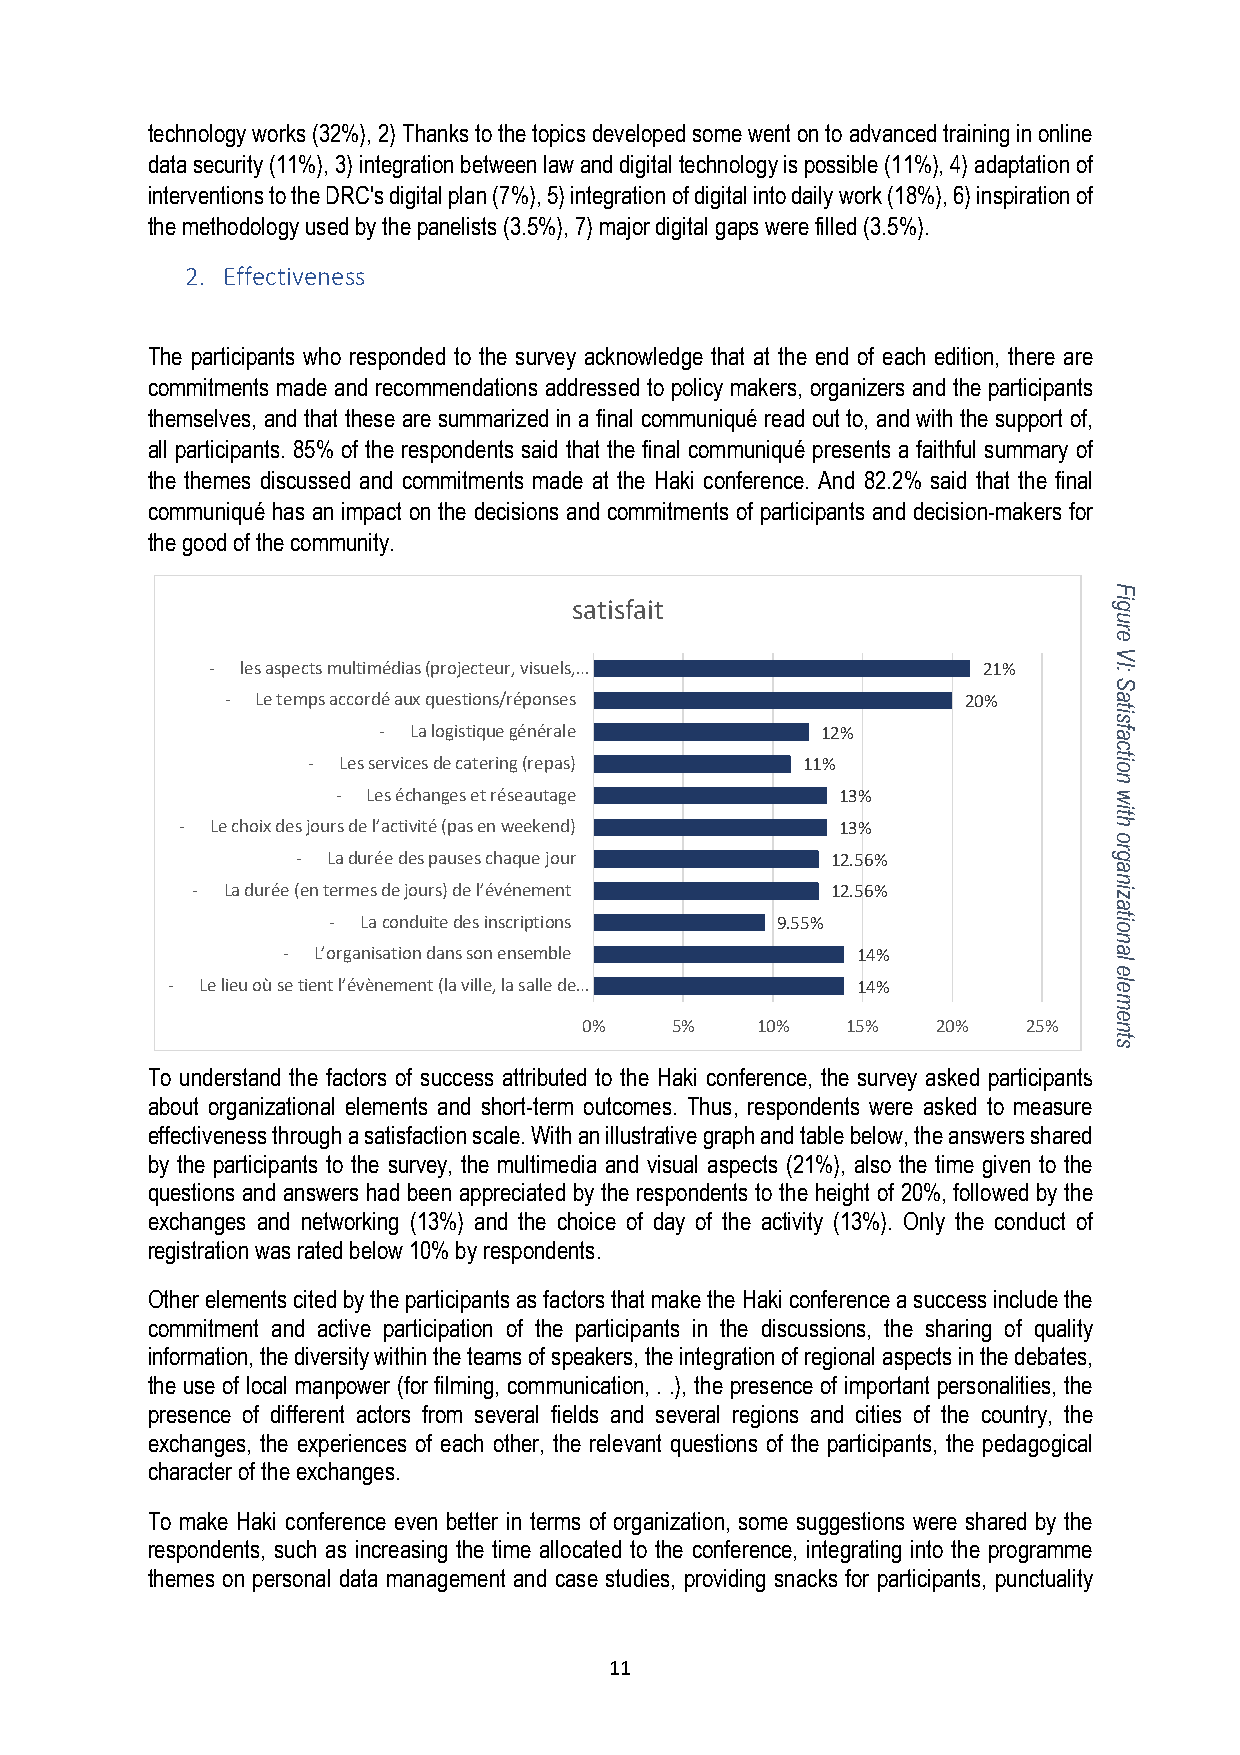
technology works (32%), 2) Thanks to the topics developed some went on to advanced training in online
 data security (11%), 3) integration between law and digital technology is possible (11%), 4) adaptation of
 interventions to the DRC's digital plan (7%), 5) integration of digital into daily work (18%), 6) inspiration of
 the methodology used by the panelists (3.5%), 7) major digital gaps were filled (3.5%).
 2. Effectiveness
 The participants who responded to the survey acknowledge that at the end of each edition, there are
 commitments made and recommendations addressed to policy makers, organizers and the participants
 themselves, and that these are summarized in a final communiqué read out to, and with the support of,
 all participants. 85% of the respondents said that the final communiqué presents a faithful summary of
 the themes discussed and commitments made at the Haki conference. And 82.2% said that the final
 communiqué has an impact on the decisions and commitments of participants and decision-makers for
 the good of the community.
 satisfait
 - les aspects multimédias (projecteur, visuels,…   21%
 - Le temps accordé aux questions/réponses        20%
 - La logistique générale     12%
 - Les services de catering (repas) 11%
 - Les échanges et réseautage      13%
 - Le choix des jours de l’activité (pas en weekend) 13%
 - La durée des pauses chaque jour  12.56%
 - La durée (en termes de jours) de l’événement 12.56%
 - La conduite des inscriptions 9.55%
 - L’organisation dans son ensemble    14%
 - Le lieu où se tient l’évènement (la ville, la salle de… 14%
 0%   5%    10%   15%   20%   25%
 To understand the factors of success attributed to the Haki conference, the survey asked participants
 about organizational elements and short-term outcomes. Thus, respondents were asked to measure
 effectiveness through a satisfaction scale. With an illustrative graph and table below, the answers shared
 by the participants to the survey, the multimedia and visual aspects (21%), also the time given to the
 questions and answers had been appreciated by the respondents to the height of 20%, followed by the
 exchanges and networking (13%) and the choice of day of the activity (13%). Only the conduct of
 registration was rated below 10% by respondents.
 Other elements cited by the participants as factors that make the Haki conference a success include the
 commitment and active participation of the participants in the discussions, the sharing of quality
 information, the diversity within the teams of speakers, the integration of regional aspects in the debates,
 the use of local manpower (for filming, communication, . .), the presence of important personalities, the
 presence of different actors from several fields and several regions and cities of the country, the
 exchanges, the experiences of each other, the relevant questions of the participants, the pedagogical
 character of the exchanges.
 To make Haki conference even better in terms of organization, some suggestions were shared by the
 respondents, such as increasing the time allocated to the conference, integrating into the programme
 themes on personal data management and case studies, providing snacks for participants, punctuality
 11
 Figure
 VI:
 Satisfaction
 with
 organizational
 elements